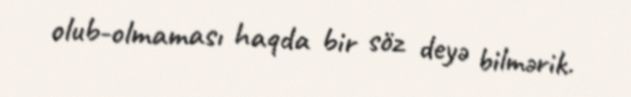
olub-olmaması haqda bir söz deyə bilmərik.